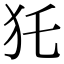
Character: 𤜤